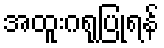
အထူးဂရုပြုရန်